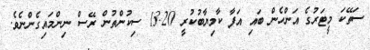
ސަތޭކަ މީޓަރުގެ އަންހެން ބައި އަފާ ކާމިޔާބުކުރީ 13.20 ސިކުންތުން ރޭސް ނިންމައިގެންނެވެ.